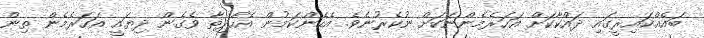
ބައެއްކައިރީގައި ދައްކާކަށް އަހަރެމެންނަކަށް ނުކެރުނެވެ. އެހެންކަމުން އެހާދިޡާ ވެގެން ދިޔައީ އަހަރެމެން ތިން